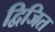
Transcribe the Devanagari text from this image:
द्विजित